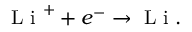
\mathrm { ~ L ~ i ~ } ^ { + } + e ^ { - } \rightarrow \mathrm { ~ L ~ i ~ } .